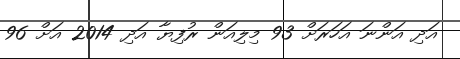
އަދި އަންނަ އަހަރަށް 93 މިލިއަން ރުފިޔާ އަދި 2014 އަށް 96